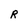
Character: R